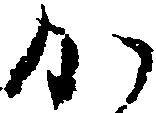
か